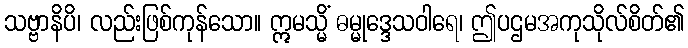
သဗ္ဗာနိပိ၊ လည်းဖြစ်ကုန်သော။ ဣမသ္မိံ ဓမ္မုဒ္ဒေသဝါရေ၊ ဤပဌမအကုသိုလ်စိတ်၏